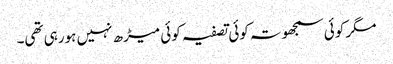
مگر کوئی سمجھوتہ کوئی تصفیہ کوئی میڑھ نہیں ہورہی تھی۔